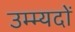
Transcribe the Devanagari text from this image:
उम्म्यदों